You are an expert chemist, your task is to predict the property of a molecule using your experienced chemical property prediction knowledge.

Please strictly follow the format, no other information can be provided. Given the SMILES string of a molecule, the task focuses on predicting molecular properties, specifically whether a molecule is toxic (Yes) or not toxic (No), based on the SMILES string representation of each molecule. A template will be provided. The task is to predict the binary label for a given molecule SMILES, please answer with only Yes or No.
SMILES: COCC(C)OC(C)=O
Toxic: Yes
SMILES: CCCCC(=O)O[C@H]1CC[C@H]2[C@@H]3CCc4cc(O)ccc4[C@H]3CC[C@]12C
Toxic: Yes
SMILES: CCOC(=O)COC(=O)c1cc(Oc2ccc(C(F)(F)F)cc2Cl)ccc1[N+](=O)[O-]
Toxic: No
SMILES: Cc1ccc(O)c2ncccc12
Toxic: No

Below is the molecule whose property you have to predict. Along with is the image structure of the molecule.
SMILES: CN(C)C(=O)Cl
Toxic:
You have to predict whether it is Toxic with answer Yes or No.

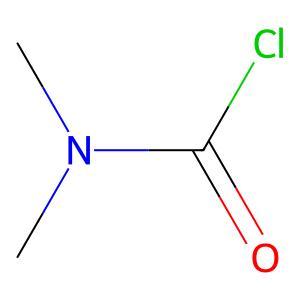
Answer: No